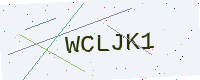
Text: WCLJK1